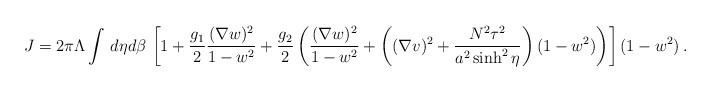
LaTeX: \begin{align*}J = 2\pi\Lambda \int \, d \eta d\beta\,\left[ 1 + \frac{g_1}{2}\frac{(\nabla w)^2}{1- w^2} + \frac{g_2}{2} \left(\frac{(\nabla w)^2}{1- w^2} + \left((\nabla v)^2+\frac{N^2\tau^2}{a^2\sinh^2\eta}\right)(1-w^2)\right)\right](1-w^2)\,.\end{align*}